Bombay plague: being a history of the progress of plague in the Bombay presidency from September 1896 to June 1899
Year: 1896
Disease focus: Plague
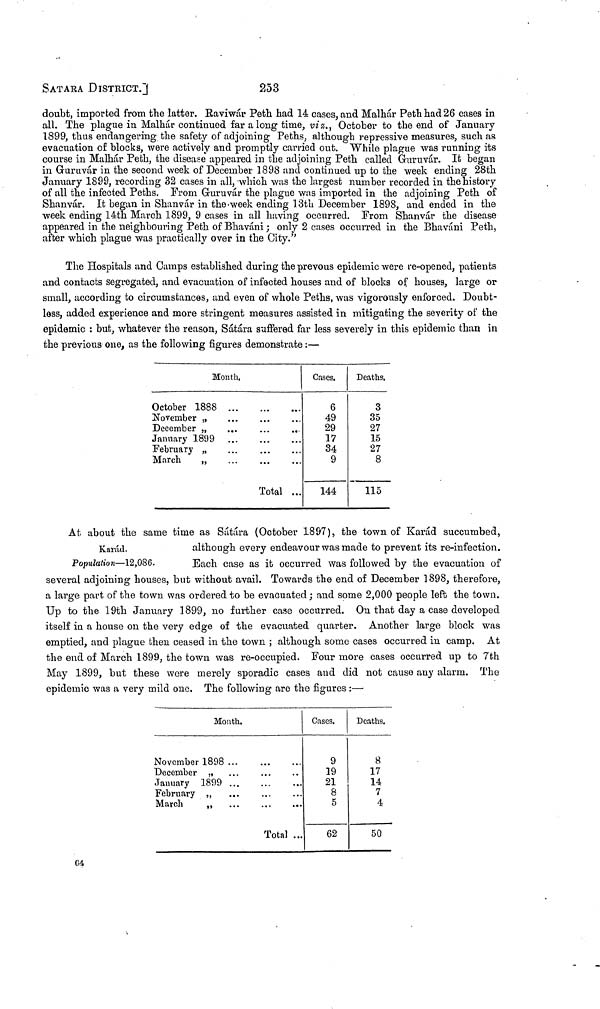
SATARA DISTRICT.]
253
doubt, imported from the latter. Raviwár Peth had 14 cases, and Malhár Peth had 26 cases in
all. The plague in Malhár continued far along time, viz., October to the end of January
1899, thus endangering the safety of adjoining Peths, although repressive measures, such as
evacuation of blocks, were actively and promptly carried out. While plague was running its
course in Malhár Peth, the disease appeared in the adjoining Peth called Guruvár. It began
in Guruvár in the second week of December 1898 and continued up to the week ending 28th
January 1899, recording 32 cases in all, which was the largest number recorded in the history
of all the infected Peths. From Guruvár the plague was imported in the adjoining Peth of
Shanvár. It began in Shanvár in the week ending 13th December 1898, and ended in the
week ending 14th March 1899, 9 cases in all having occurred. From Shanvár the disease
appeared in the neighbouring Peth of Bhavani ; only 2 cases occurred in the Bhaváni Peth,
after which plague was practically over in the City."
The Hospitals and Camps established during the prevous epidemic were re-opened, patients
and contacts segregated, and evacuation of infected houses and of blocks of houses, large or
small, according to circumstances, and even of whole Peths, was vigorously enforced. Doubt-
less, added experience and more stringent measures assisted in mitigating the severity of the
epidemic : but, whatever the reason, S atara suffered far less severely in this epidemic than in
the previous one, as the following figures demonstrate :—
Month,
October 1888
November „
December „
January 1899
February „
March
„
...
...
...
...
...
...
...
Total
...
...
...
...
Cases.
6
49
29
17
34
9
144
Deaths,
3
35
27
15
27
8
115
At about the same time as Sátára (October 1897), the town of Karád succumbed,
Karád.
Population—12,086.
although every endeavour was made to prevent its re-infection.
Each case as it occurred was followed by the evacuation of
several adjoining houses, but without avail. Towards the end of December 1898, therefore,
a large part of the town was ordered to be evacuated ; and some 2,000 people left the town.
Up to the 19th January 1899, no further case occurred. On that day a case developed
itself in a house on the very edge of the evacuated quarter. Another large block was
emptied, and plague then ceased in the town ; although some cases occurred in camp. At
the end of March 1899, the town was re-occupied. Four more cases occurred up to 7th
May 1899, but these were merely sporadic cases and did not cause any alarm. The
epidemic was a very mild one. The following are the figures :—
Month.
November 1898
December „
January 1899
February ,,
March
,,
...
...
...
...
...
...
...
...
...
...
...
Total ...
Cases.
9
19
21
8
5
62
Deaths.
8
17
14
7
4
50
04